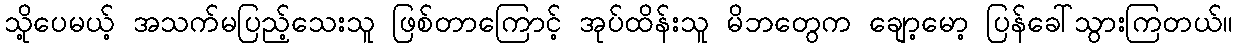
သို့ပေမယ့် အသက်မပြည့်သေးသူ ဖြစ်တာကြောင့် အုပ်ထိန်းသူ မိဘတွေက ချော့မော့ ပြန်ခေါ်သွားကြတယ်။